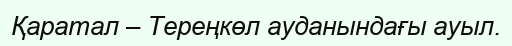
Қаратал – Тереңкөл ауданындағы ауыл.